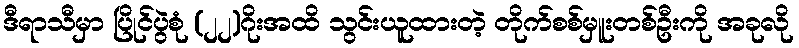
ဒီရာသီမှာ ပြိုင်ပွဲစုံ (၂၂)ဂိုးအထိ သွင်းယူထားတဲ့ တိုက်စစ်မှူးတစ်ဦးကို အခုလို